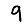
Digit: 9